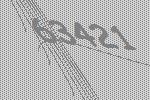
63421